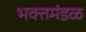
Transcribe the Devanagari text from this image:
भक्तमंडळ